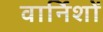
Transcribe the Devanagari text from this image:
वार्निशों